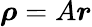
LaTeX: \boldsymbol\rho=A\boldsymbol r